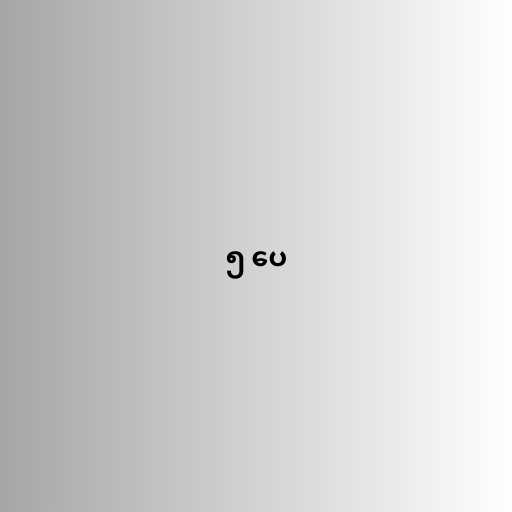
၅ ပေ